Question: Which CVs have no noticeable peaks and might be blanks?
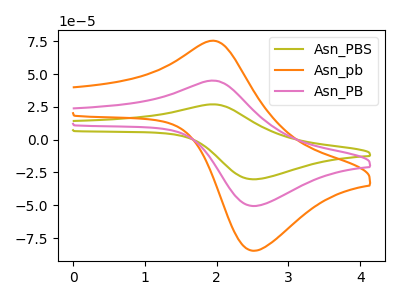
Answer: <think>The olive curve "Asn_PBS" has an anodic peak at (1.95V, 90.05uA) and a cathodic peak at (2.50V, -101.20uA). The orange curve "Asn_pb" has an anodic peak at (1.95V, 75.35uA) and a cathodic peak at (2.50V, -84.70uA). The pink curve "Asn_PB" has an anodic peak at (1.95V, 45.00uA) and a cathodic peak at (2.50V, -50.60uA).</think>
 <answer>There are not any CV's on this graph that are likely to be blanks.</answer>
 <eval>none</eval>